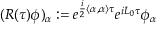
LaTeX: ( R ( \tau ) \phi ) _ { \alpha } : = e ^ { \frac { i } { 2 } \left\langle \alpha , \alpha \right\rangle \tau } e ^ { i L _ { 0 } \tau } \phi _ { \alpha }